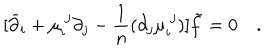
LaTeX: [ \bar { \partial } _ { i } + \mu _ { i } ^ { \ j } \partial _ { j } - { \frac { 1 } { n } } ( \partial _ { j } \mu _ { i } ^ { \ j } ) ] \tilde { f } = 0 \quad .